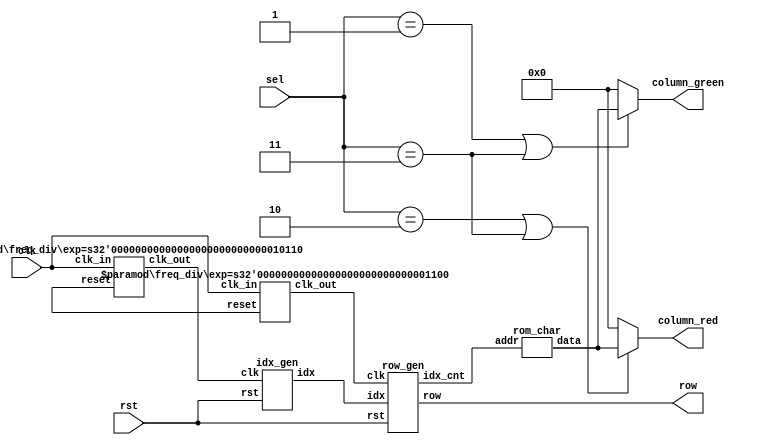
//LED9-0
module LAB_04(clk, rst, row, sel, column_green, column_red);
input clk, rst; //clk: pin W16 rst: pin C16
input[1:0] sel;	//LDEOR
//pin AA15 ,AA14
output[7:0] row, column_green, column_red;
//row:pin T22 ,R21 ,C6 ,B6 ,B5 ,A5 ,B7 ,A7
//column_green pin A10 ,B10 ,A13 ,A12 ,B12 ,D12 ,A15 ,A14
// column_red pin D7, D6, A9, C9, A8, C8, C11, B11
//column_green/redLab1
wire clk_shift, clk_scan;
wire[6:0] idx, idx_cnt;
wire[7:0] column_out;
assign column_green= (sel== 2'b01 || sel== 2'b11)? column_out: 8'b0;
assign column_red= (sel== 2'b10 || sel== 2'b11)? column_out: 8'b0;
freq_div#(22) M1 (clk, reset, clk_shift);
freq_div#(12) M2 (clk, reset, clk_scan);
idx_gen  M3(clk_shift, rst, idx); 
row_gen  M4(clk_scan, rst, idx, row, idx_cnt);
rom_char M5(idx_cnt, column_out);
endmodule

module rom_char(addr, data);
input[6:0]addr;
output[7:0]data;
reg[7:0]data;
always@(addr) begin
case(addr)
7'd0: data = 8'h00; 7'd1: data = 8'h00; // Blank
7'd2: data = 8'h00; 7'd3: data = 8'h00;
7'd4: data = 8'h00; 7'd5: data = 8'h00;
7'd6: data = 8'h00; 7'd7: data = 8'h00;
7'd8: data = 8'h3C; 7'd9: data = 8'h42; // 0
7'd10: data = 8'h46; 7'd11: data = 8'h4A;
7'd12: data = 8'h52;	7'd13: data = 8'h62;
7'd14: data = 8'h3C;	7'd15: data = 8'h00;
7'd16: data = 8'h08;	7'd17: data = 8'h18;// 1
7'd18: data = 8'h08;	7'd19: data = 8'h08;
7'd20: data = 8'h08;	7'd21: data = 8'h08;
7'd22: data = 8'h1C;	7'd23: data = 8'h00;
7'd24: data = 8'h3C;	7'd25: data = 8'h42;// 2
7'd26: data = 8'h42;	7'd27: data = 8'h04;
7'd28: data = 8'h08;	7'd29: data = 8'h10;
7'd30: data = 8'h7E;	7'd31: data = 8'h00;
7'd32: data = 8'h3C; 	7'd33: data = 8'h42;// 3
7'd34: data = 8'h02;		7'd35: data = 8'h3C;
7'd36: data = 8'h02;		7'd37: data = 8'h42;
7'd38: data = 8'h3C;		7'd39: data = 8'h00;
7'd40: data = 8'h1C; 	7'd41: data = 8'h24;// 4
7'd42: data = 8'h44;		7'd43: data = 8'h44;
7'd44: data = 8'h44;		7'd45: data = 8'h7E;
7'd46: data = 8'h04;		7'd47: data = 8'h00;
7'd48: data = 8'h7E;		7'd49: data = 8'h40;//5
7'd50: data = 8'h40;		7'd51: data = 8'h7C;
7'd52: data = 8'h02;		7'd53: data = 8'h42;
7'd54: data = 8'h3C;		7'd55: data = 8'h00;

	7'd56: data = 8'h3C;	7'd57: data = 8'h40;  //6
	7'd58: data = 8'h40;	7'd59: data = 8'h7C;
	7'd60: data = 8'h42;	7'd61: data = 8'h42;
	7'd62: data = 8'h3C;	7'd63: data = 8'h00;

	7'd64: data = 8'h3C;	7'd65: data = 8'h42;  //7
	7'd66: data = 8'h42;	7'd67: data = 8'h42;
	7'd68: data = 8'h2 ;	7'd69: data = 8'h2;
	7'd70: data = 8'h2 ;	7'd71: data = 8'h00;

	7'd72: data = 8'h3C;	7'd73: data = 8'h42;  //8
	7'd74: data = 8'h42;	7'd75: data = 8'h3C;
	7'd76: data = 8'h42;	7'd77: data = 8'h42;
	7'd78: data = 8'h3C;	7'd79: data = 8'h00;

	7'd80: data = 8'h3C;	7'd81: data = 8'h42;  //9
	7'd82: data = 8'h42;	7'd83: data = 8'h3E;
	7'd84: data = 8'h2 ;	7'd85: data = 8'h2 ;
	7'd86: data = 8'h3C;	7'd87: data = 8'h00;
endcase
end
endmodule

module idx_gen(clk, rst, idx);
input clk, rst;
output[6:0] idx;
reg[6:0]idx;
always@(posedge clk or posedge rst)begin  //
    if(rst)
        idx = 7'd80;
    else if(idx == 7'd0)
        idx = 7'd80;
    else
        idx = idx - 7'd01;  //idx = idx + 7'b01 
end
endmodule

module row_gen(clk, rst, idx, row, idx_cnt);
input clk, rst;
input[6:0]idx;
output[7:0] row;
output[6:0]idx_cnt;
reg[7:0] row;
reg[6:0]idx_cnt;
reg[2:0]cnt;
always@(posedge clk or posedge rst) begin
if(rst) begin
row <= 8'b0000_0001;
cnt <= 3'd0;
idx_cnt <= 7'd0;
end
else begin
row <= {row[0], row[7:1]};  //LED
cnt <= cnt + 1'b1;          //07 
idx_cnt <= idx + cnt;       //07
end
end
endmodule

module freq_div(clk_in, reset, clk_out);
parameter	exp = 20;   
input 		clk_in, reset;
output 		clk_out;
reg 			[exp - 1:0]divider;
integer 		i;
assign clk_out = divider[exp - 1];
always@ (posedge clk_in or posedge reset)	//
begin
if(reset)
for(i = 0; i < exp; i = i + 1) divider[i] = 1'b0;
else
divider = divider + 1'b1;
end
endmodule